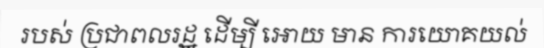
របស់ ប្រជាពលរដ្ឋ ដើម្បី អោយ មាន ការយោគយល់